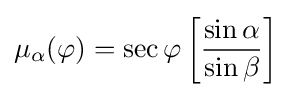
\mu _{\alpha }(\varphi )=\sec \varphi \left[{\frac {\sin \alpha }{\sin \beta }}\right]